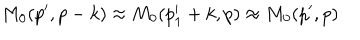
LaTeX: M _ { 0 } ( p ^ { \prime } , p - k ) \approx M _ { 0 } ( p _ { 1 } ^ { \prime } + k , p ) \approx M _ { 0 } ( p ^ { \prime } , p )